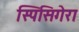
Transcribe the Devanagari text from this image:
स्पिसिगेरा